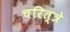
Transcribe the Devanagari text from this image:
चरित्त्रे